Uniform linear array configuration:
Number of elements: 16
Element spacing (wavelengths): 0.5
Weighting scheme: hamming
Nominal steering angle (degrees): -60
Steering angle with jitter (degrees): -60.347
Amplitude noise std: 0.05
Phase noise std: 0.05

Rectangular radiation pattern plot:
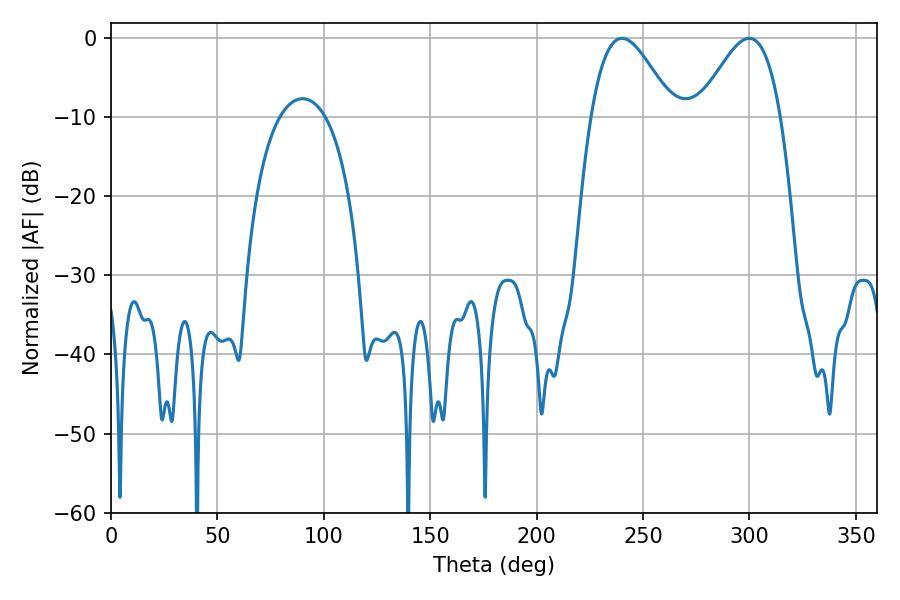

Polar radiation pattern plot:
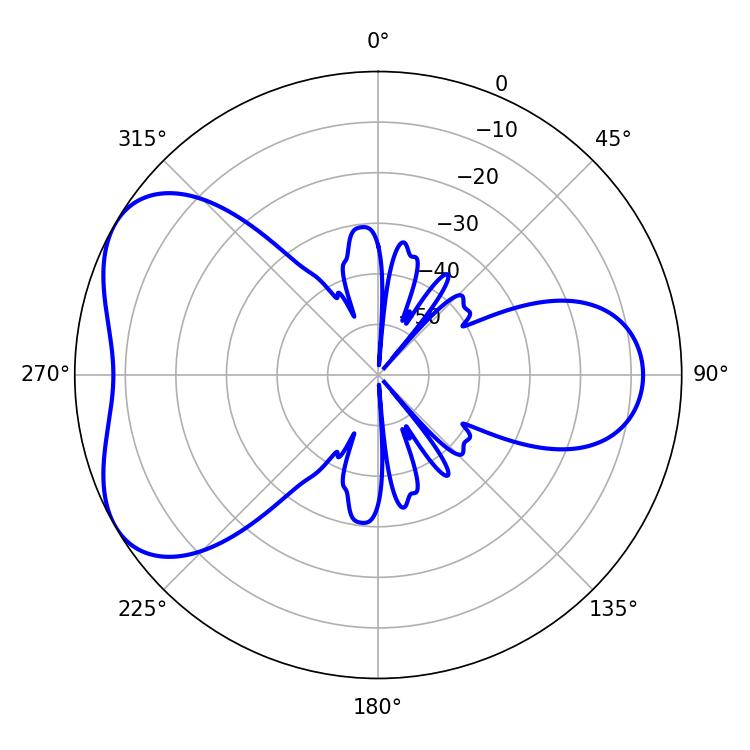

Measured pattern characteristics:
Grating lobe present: FALSE
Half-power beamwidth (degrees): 20.7
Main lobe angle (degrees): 240.12